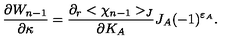
{ \frac { \partial W _ { n - 1 } } { \partial \kappa } } = { \frac { \partial _ { r } < \chi _ { n - 1 } > _ { J } } { \partial K _ { A } } } J _ { A } ( - 1 ) ^ { \varepsilon _ { A } } .